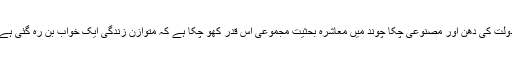
دولت کی دھن اور مصنوعی چکا چوند میں معاشرہ بحثیت مجموعی اس قدر کھو چکا ہے کہ متوازن زندگی ایک خواب بن رہ گئی ہے۔